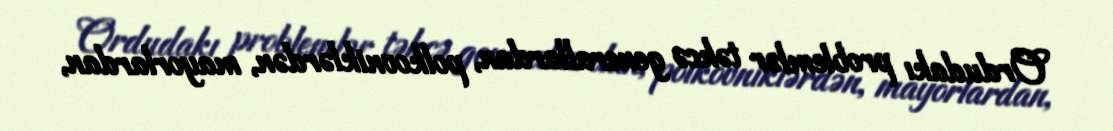
Ordudakı problemlər təkcə generallardan, polkovniklərdən, mayorlardan,